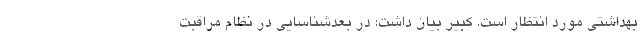
بهداشتی مورد انتظار است. کبیر بیان داشت: در بعدشناسایی در نظام مراقبت